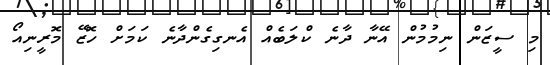
މި ސީޒަން ނިމުމުން އޭނާ ދާނެ ކްލަބެއް އެނގިގެންދާނެ ކަމަށް ހޮޒޭ މޮރީނިއޯ